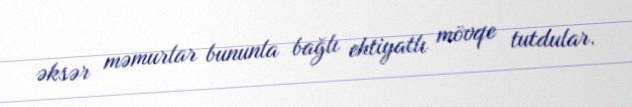
əksər məmurlar bununla bağlı ehtiyatlı mövqe tutdular.